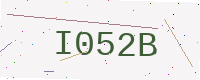
Text: I052B